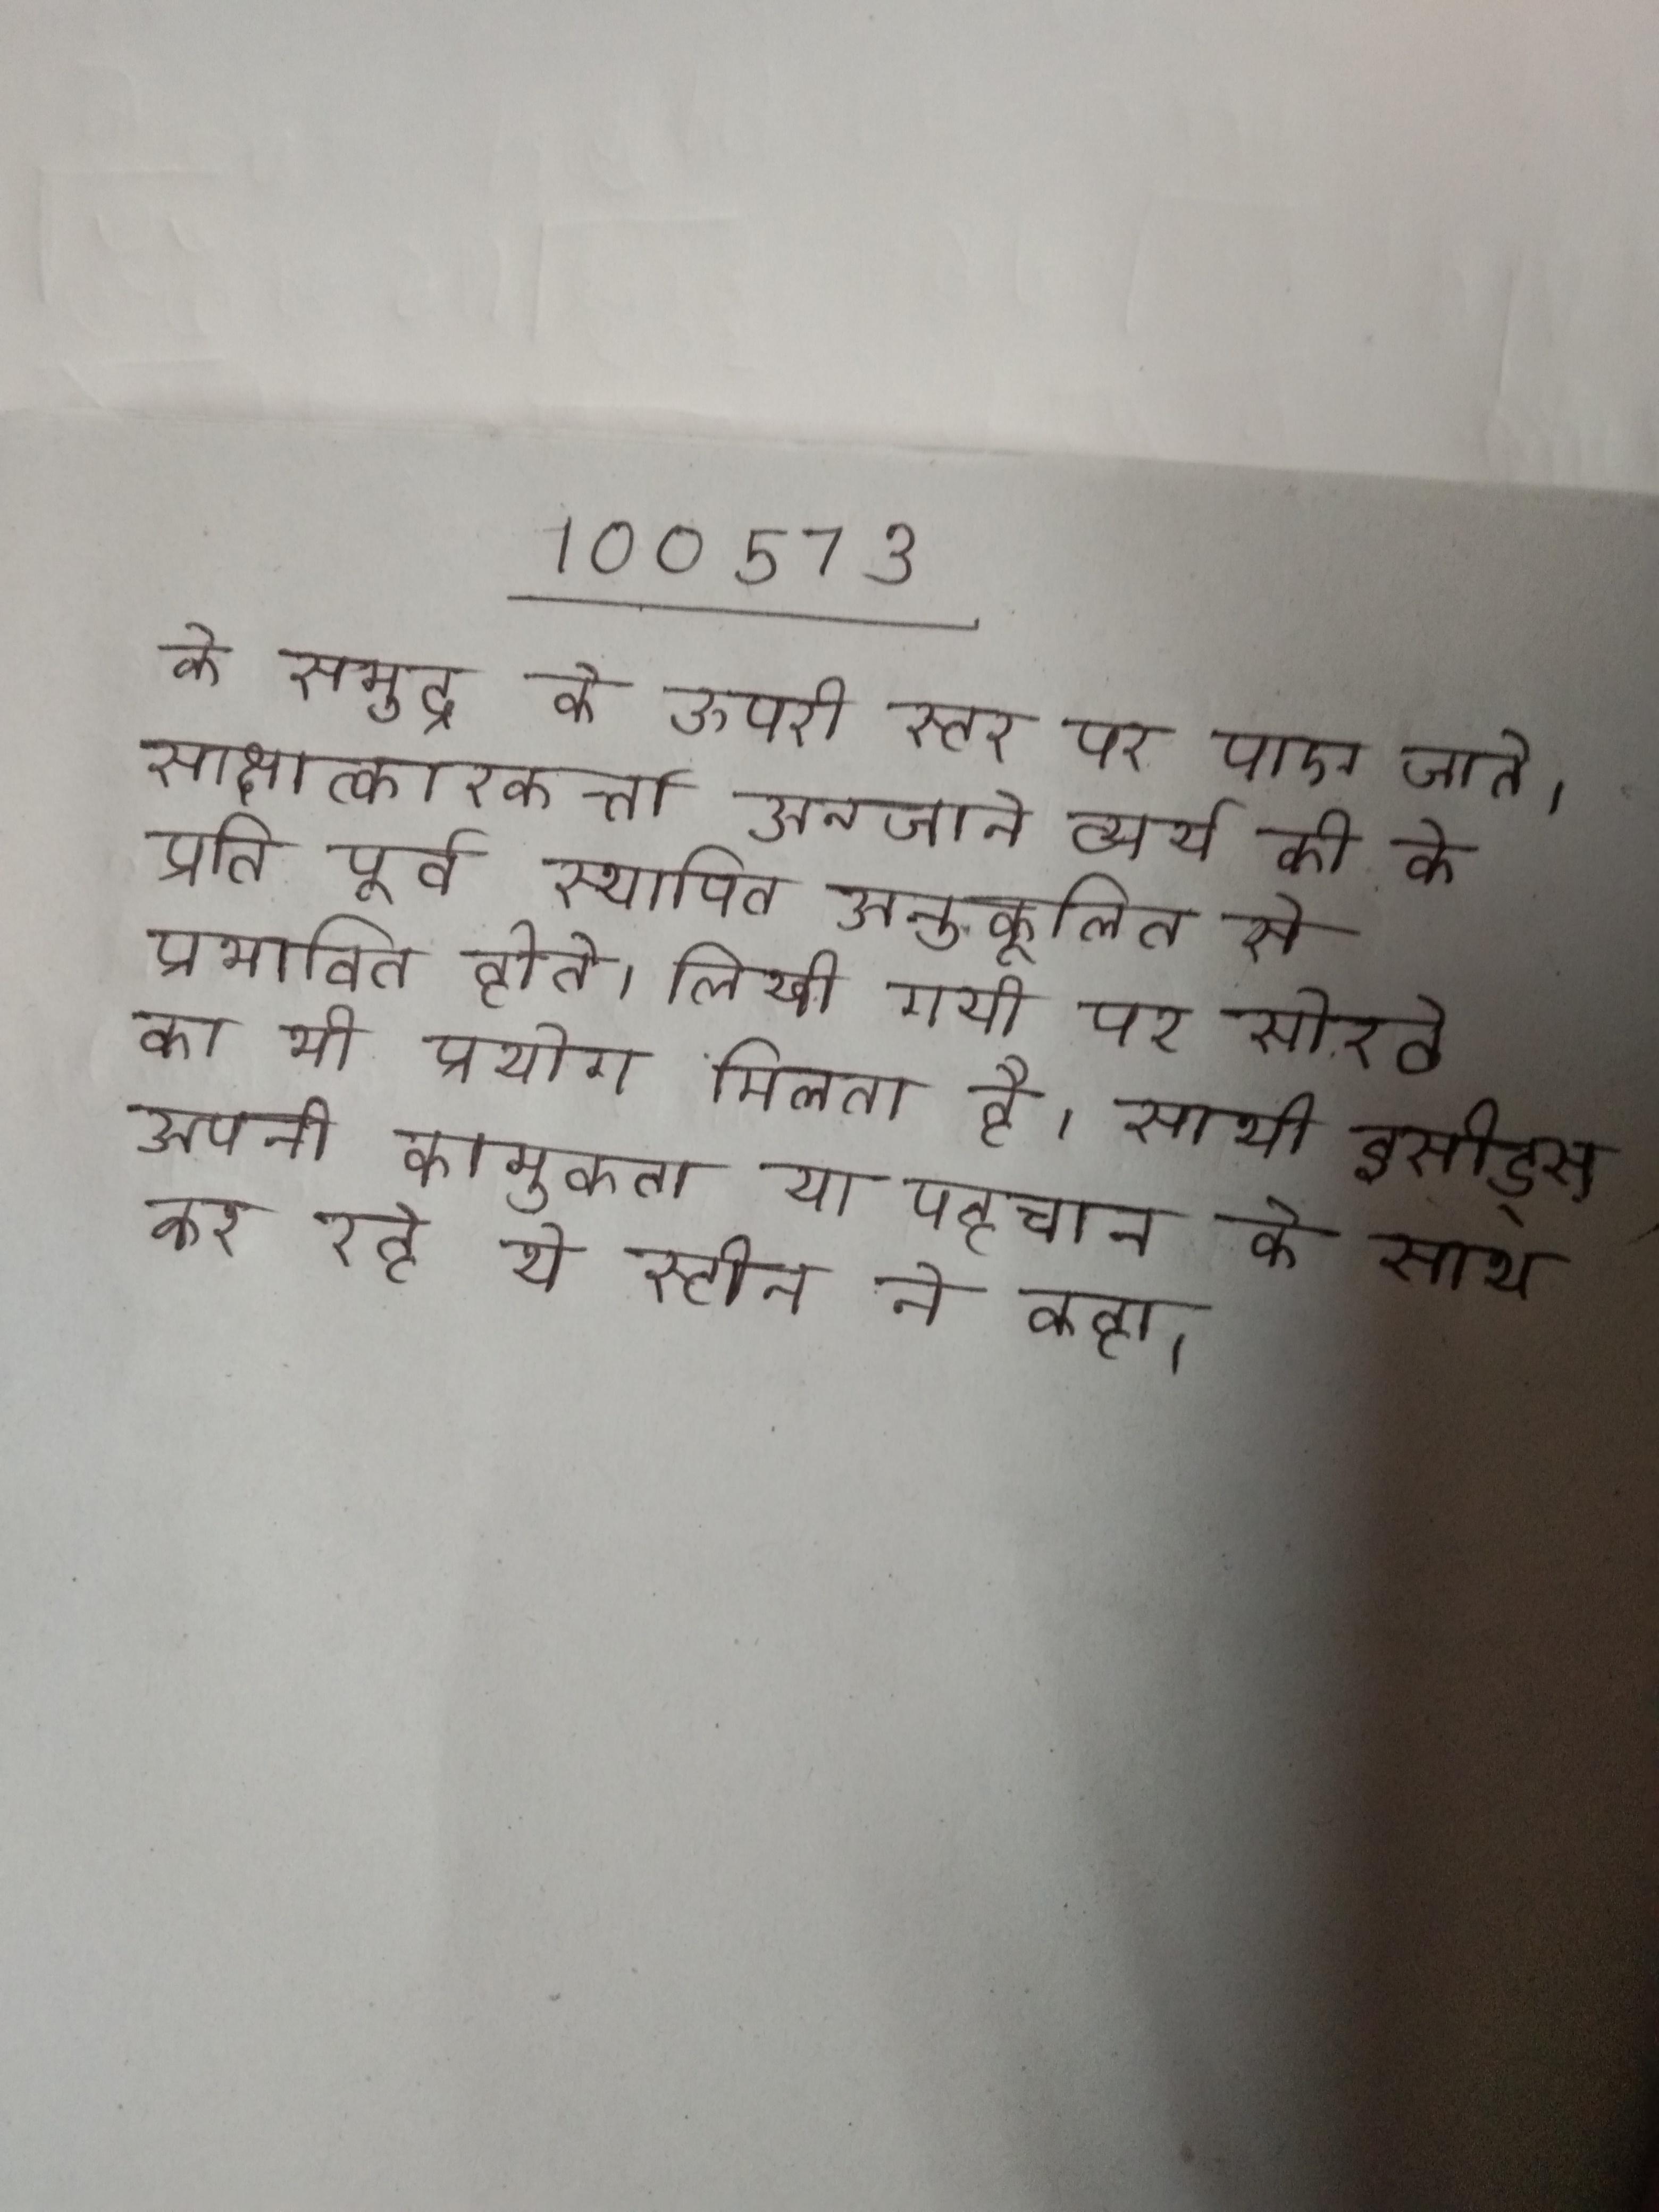
के समुद्र के ऊपरी स्तर पर पाए जाते । साक्षात्कारकर्त्ता अनजाने व्यर्थ की के प्रति पूर्व स्थापित अनुकूलित से प्रभावित होते । लिखी गयी पर सोरठे का भी प्रयोग मिलता है । साथी हसीड्स अपनी कामुकता या पहचान के साथ कर रहे थे, स्टीन ने कहा ।